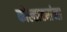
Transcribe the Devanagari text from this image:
कोल्हाट्यांना